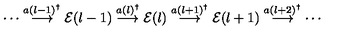
\cdots \stackrel { a ( l - 1 ) ^ { \dagger } } { \longrightarrow } { \cal E } ( l - 1 ) \stackrel { a ( l ) ^ { \dagger } } { \longrightarrow } { \cal E } ( l ) \stackrel { a ( l + 1 ) ^ { \dagger } } { \longrightarrow } { \cal E } ( l + 1 ) \stackrel { a ( l + 2 ) ^ { \dagger } } { \longrightarrow } \cdots